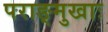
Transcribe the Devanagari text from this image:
पराङ्मुखाः